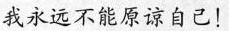
我永远不能原谅自己！